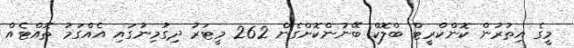
މީގެ އިތުރުން ކޮންކްރީޓް ބްލޮކް ބޭނުންކޮށްގެން 262 މީޓަރު ދިގުމިނުގައި އެއްގަމު ތޮއްޓެއް